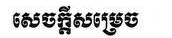
សេចក្ដីសម្រេច